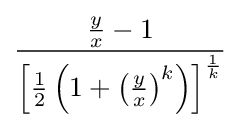
{\frac {{\frac {y}{x}}-1}{\left[{\frac {1}{2}}\left(1+\left({\frac {y}{x}}\right)^{k}\right)\right]^{\frac {1}{k}}}}